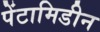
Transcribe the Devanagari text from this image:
पेंटामिडीन